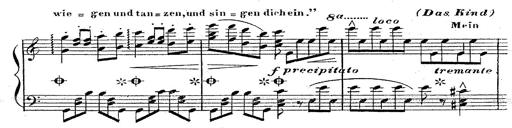
Title: 12 Lieder von Franz Schubert
Composer: Franz Liszt